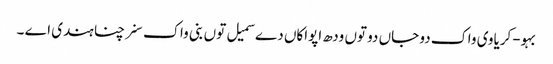
بہو-کریاوی واک دو جاں دو توں ودھ اپواکاں دے سمیل توں بنی واک سنرچنا ہندی اے ۔